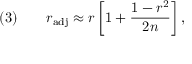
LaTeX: ( 3 ) \qquad r _ { \mathrm { a d j } } \approx r \left[ 1 + { \frac { 1 - r ^ { 2 } } { 2 n } } \right] ,